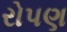
રોપણ